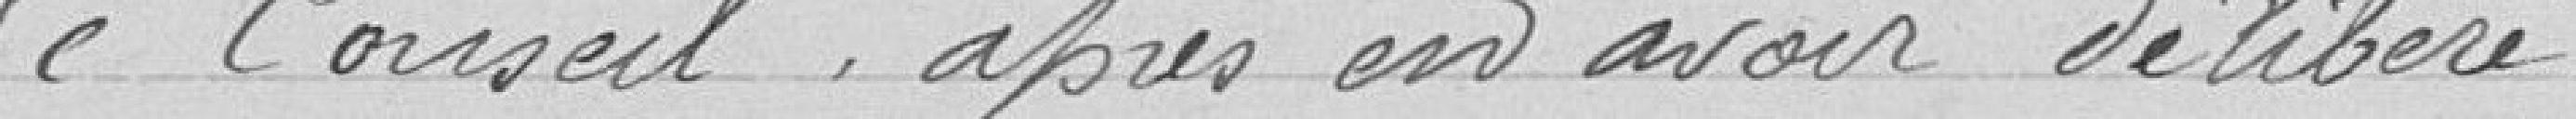
Le Conseil après en avoir délibéré.